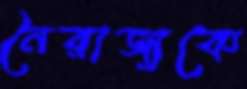
নৈরাজ্যকে